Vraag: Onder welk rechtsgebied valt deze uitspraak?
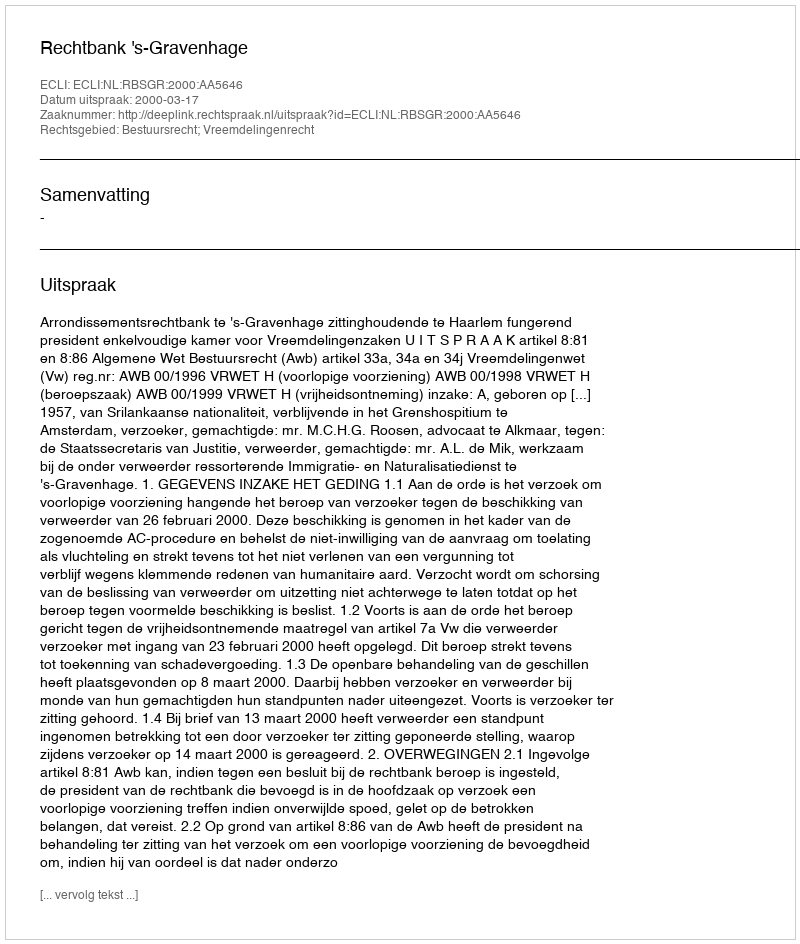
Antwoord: Bestuursrecht; Vreemdelingenrecht